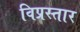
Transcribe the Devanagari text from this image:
विप्रस्तार